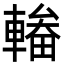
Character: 輽